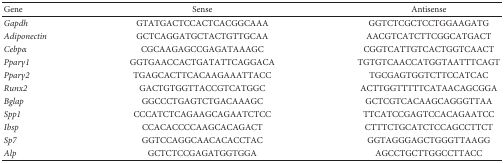
| Gene | Sense | Antisense |
 | --- | --- | --- |
 | Gapdh | GTATGACTCCACTCACGGCAAA | GGTCTCGCTCCTGGAAGATG |
 | Adiponectin | GCTCAGGATGCTACTGTTGCAA | AACGTCATCTTCGGCATGACT |
 | Cebpα | CGCAAGAGCCGAGATAAAGC | CGGTCATTGTCACTGGTCAACT |
 | Pparγ1 | GGTGAACCACTGATATTCAGGACA | TGTGTCAACCATGGTAATTTCAGT |
 | Pparγ2 | TGAGCACTTCACAAGAAATTACC | TGCGAGTGGTCTTCCATCAC |
 | Runx2 | GACTGTGGTTACCGTCATGGC | ACTTGGTTTTTCATAACAGCGGA |
 | Bglap | GGCCCTGAGTCTGACAAAGC | GCTCGTCACAAGCAGGGTTAA |
 | Spp1 | CCCATCTCAGAAGCAGAATCTCC | TTCATCCGAGTCCACAGAATCC |
 | Ibsp | CCACACCCCAAGCACAGACT | CTTTCTGCATCTCCAGCCTTCT |
 | Sp7 | GGTCCAGGCAACACACCTAC | GGTAGGGAGCTGGGTTAAGG |
 | Alp | GCTCTCCGAGATGGTGGA | AGCCTGCTTGGCCTTACC |